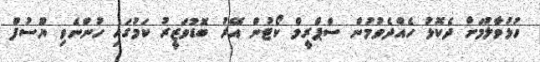
ހުޅުވާލުމަށް ދެކޮޅު ހެއްދެވުމުން ސްޕްރީމް ކޯޓުން އޭރު ބޮޑުވަޒީރު ކަމުގައި ހުންނެވި ޔޫސުފް